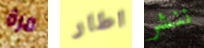
مرة اطار ننشر